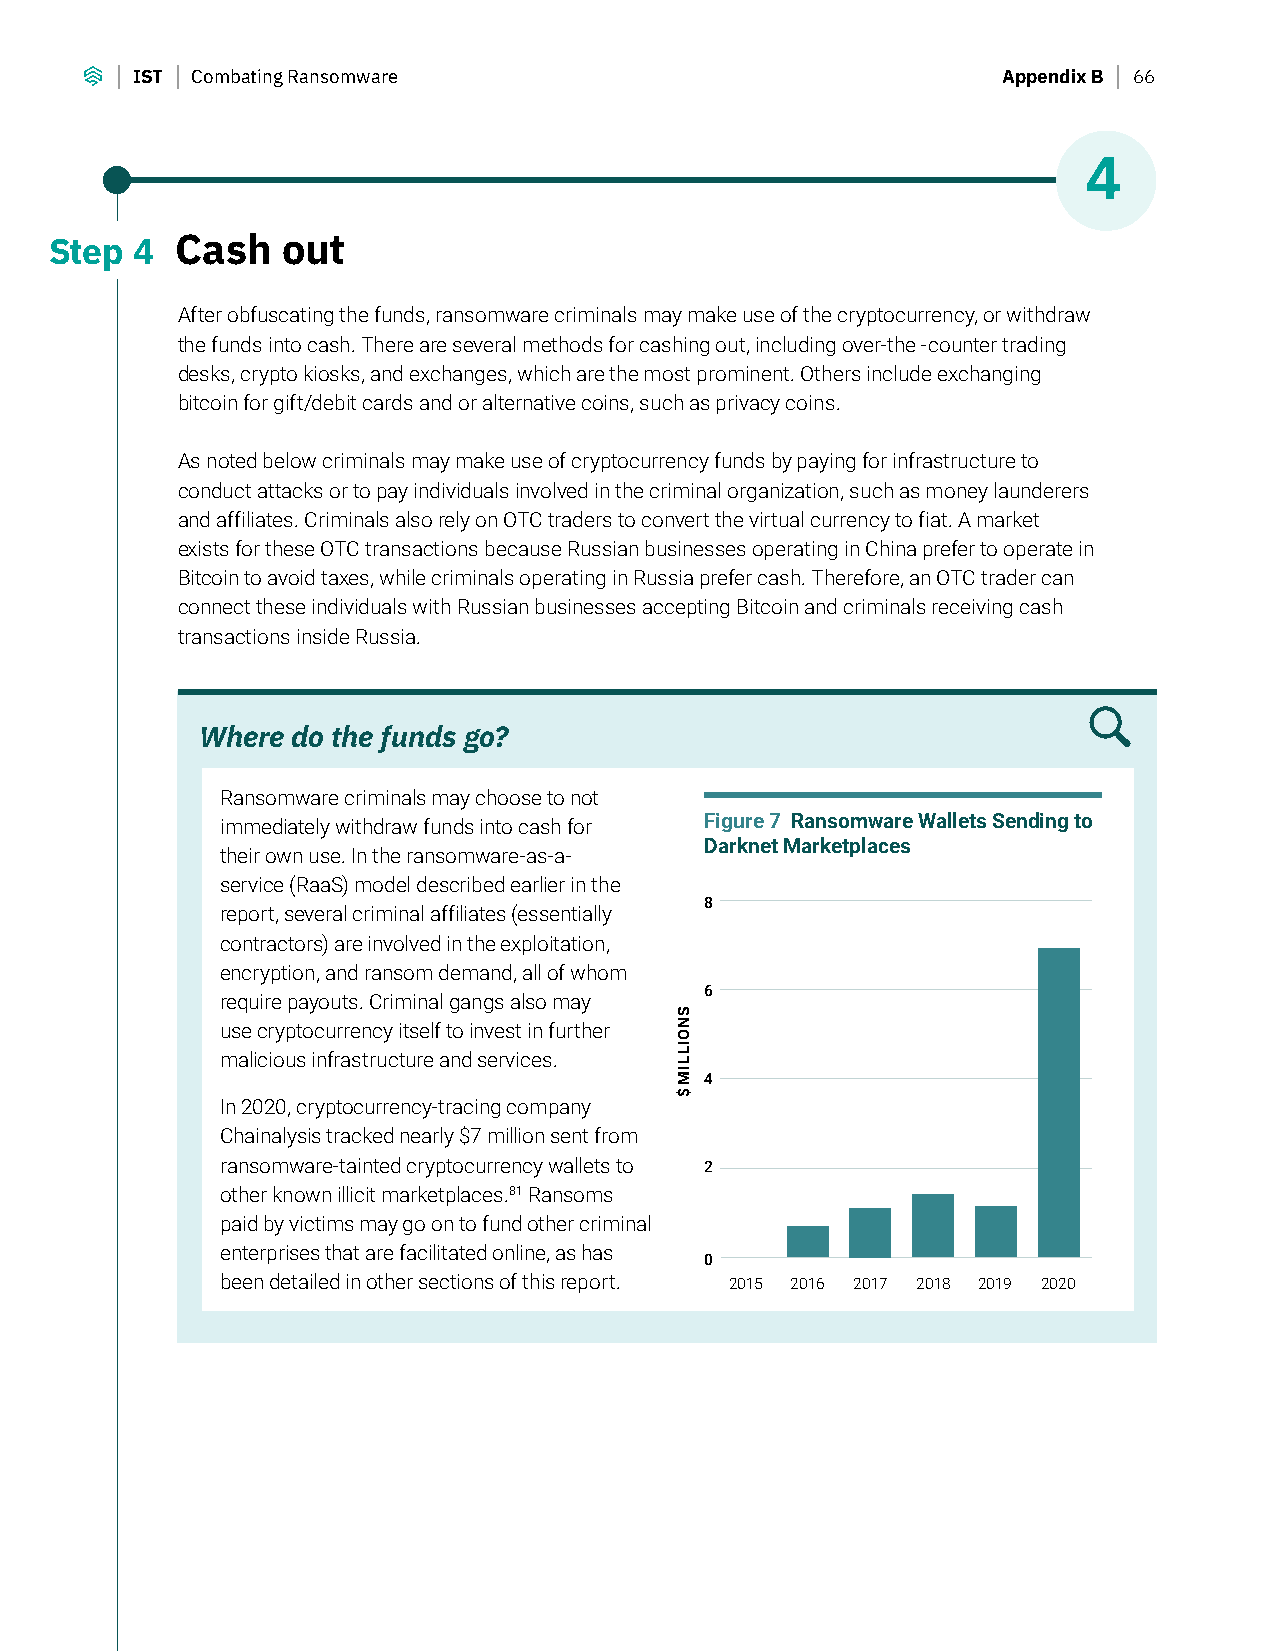
IST Combating Ransomware                                 Appendix B 66
 4
 Step  4  Cash   out
 After obfuscating the funds, ransomware criminals may make use of the cryptocurrency, or withdraw
 the funds into cash. There are several methods for cashing out, including over-the -counter trading
 desks, crypto kiosks, and exchanges, which are the most prominent. Others include exchanging
 bitcoin for gift/debit cards and or alternative coins, such as privacy coins.
 As noted below criminals may make use of cryptocurrency funds by paying for infrastructure to
 conduct attacks or to pay individuals involved in the criminal organization, such as money launderers
 and affiliates. Criminals also rely on OTC traders to convert the virtual currency to fiat. A market
 exists for these OTC transactions because Russian businesses operating in China prefer to operate in
 Bitcoin to avoid taxes, while criminals operating in Russia prefer cash. Therefore, an OTC trader can
 connect these individuals with Russian businesses accepting Bitcoin and criminals receiving cash
 transactions inside Russia.
 Where do the funds go?
 Ransomware criminals may choose to not
 immediately withdraw funds into cash for Figure 7 Ransomware Wallets Sending to
 Darknet Marketplaces
 their own use. In the ransomware-as-a-
 service (RaaS) model described earlier in the
 8
 report, several criminal affiliates (essentially
 contractors) are involved in the exploitation,
 encryption, and ransom demand, all of whom
 6
 require payouts. Criminal gangs also may
 use cryptocurrency itself to invest in further
 malicious infrastructure and services.
 4
 In 2020, cryptocurrency-tracing company
 Chainalysis tracked nearly $7 million sent from
 ransomware-tainted cryptocurrency wallets to 2
 other known illicit marketplaces.81 Ransoms
 paid by victims may go on to fund other criminal
 enterprises that are facilitated online, as has
 0
 been detailed in other sections of this report. 2015 2016 2017 2018 2019 2020
 SNOILLIM
 $